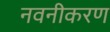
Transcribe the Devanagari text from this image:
नवनीकरण